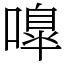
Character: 嘷